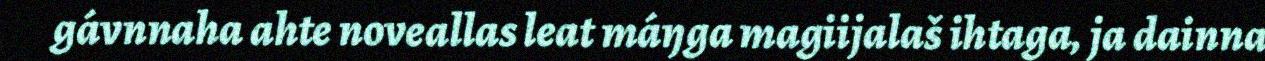
gávnnaha ahte noveallas leat máŋga magiijalaš ihtaga, ja dainna